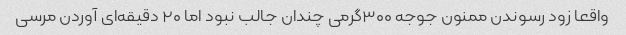
واقعا زود رسوندن ممنون جوجه ۳۰۰گرمی چندان جالب نبود اما ۲۰ دقیقه‌ای آوردن مرسی